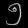
Digit: ၅